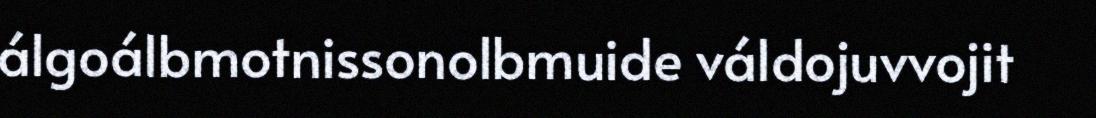
álgoálbmotnissonolbmuide váldojuvvojit